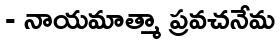
- నాయమాత్మా ప్రవచనేమ